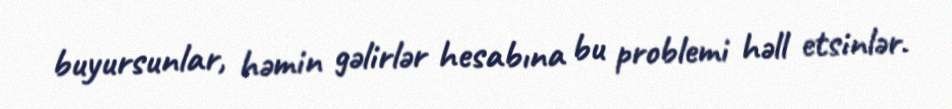
buyursunlar, həmin gəlirlər hesabına bu problemi həll etsinlər.